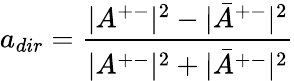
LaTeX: a_{dir}=\frac{|A^{+-}|^{2}-|\bar{A}^{+-}|^{2}}{|A^{+-}|^{2}+|\bar{A}^{+-}|^{2}}